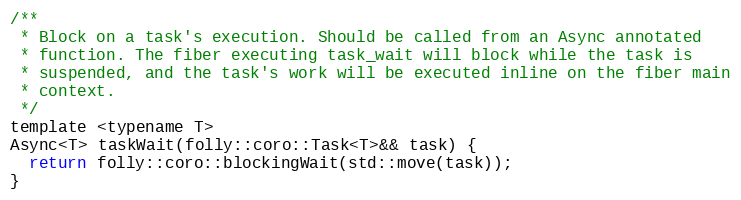
Language: C
/**
 * Block on a task's execution. Should be called from an Async annotated
 * function. The fiber executing task_wait will block while the task is
 * suspended, and the task's work will be executed inline on the fiber main
 * context.
 */
template <typename T>
Async<T> taskWait(folly::coro::Task<T>&& task) {
  return folly::coro::blockingWait(std::move(task));
}